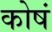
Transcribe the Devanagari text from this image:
कोषं